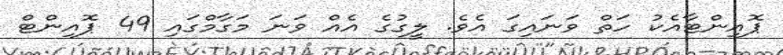
ޕޮއިންޓާއެކު ހަތް ވަނައިގަ އެވެ. ލީގުގެ އެއް ވަނަ މަގާމްގައި 49 ޕޮއިންޓް